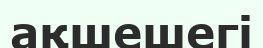
ақшешегі